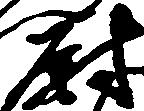
尉